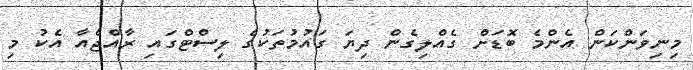
މިނިވަންކަން އެންމެ ބޮޑަށް ގެއްލިގެން ދިޔަ ގައުމުތަކުގެ ލިސްޓްގައި ރާއްޖެއާ އެކު މި